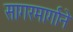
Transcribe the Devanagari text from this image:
सागरमार्गाने